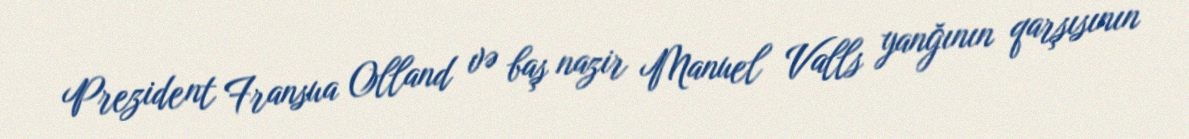
Prezident Fransua Olland və baş nazir Manuel Valls yanğının qarşısının